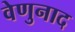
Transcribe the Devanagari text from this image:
वेणुनाद